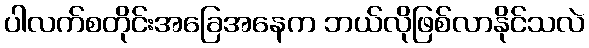
ပါလက်စတိုင်းအခြေအနေက ဘယ်လိုဖြစ်လာနိုင်သလဲ